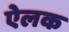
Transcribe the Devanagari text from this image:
ऐलक